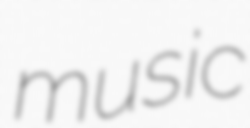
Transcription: music